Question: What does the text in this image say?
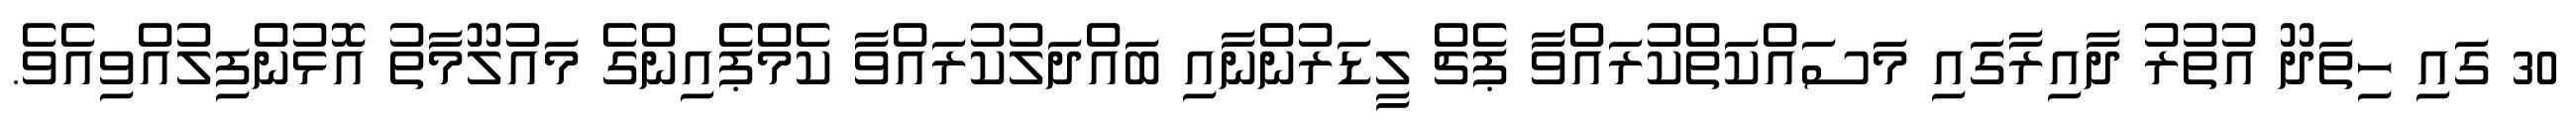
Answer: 30 ގައި ހިތަދޫ އުތުރު ދާއިރާގައި މަސައްކަތްކުރައްވާ ޕެޗް ލީޑަރުންނާއި ބައްދަލުކުރައްވާ ކެމްޕެއިންގެ މައުލޫމާތު އޮޅުންފިލުއްވިއެވެ.